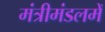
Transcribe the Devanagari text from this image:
मंत्रीमंडलमें